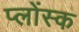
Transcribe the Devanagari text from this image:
प्लोंस्क